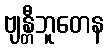
ဗျန္တီဘူတေန